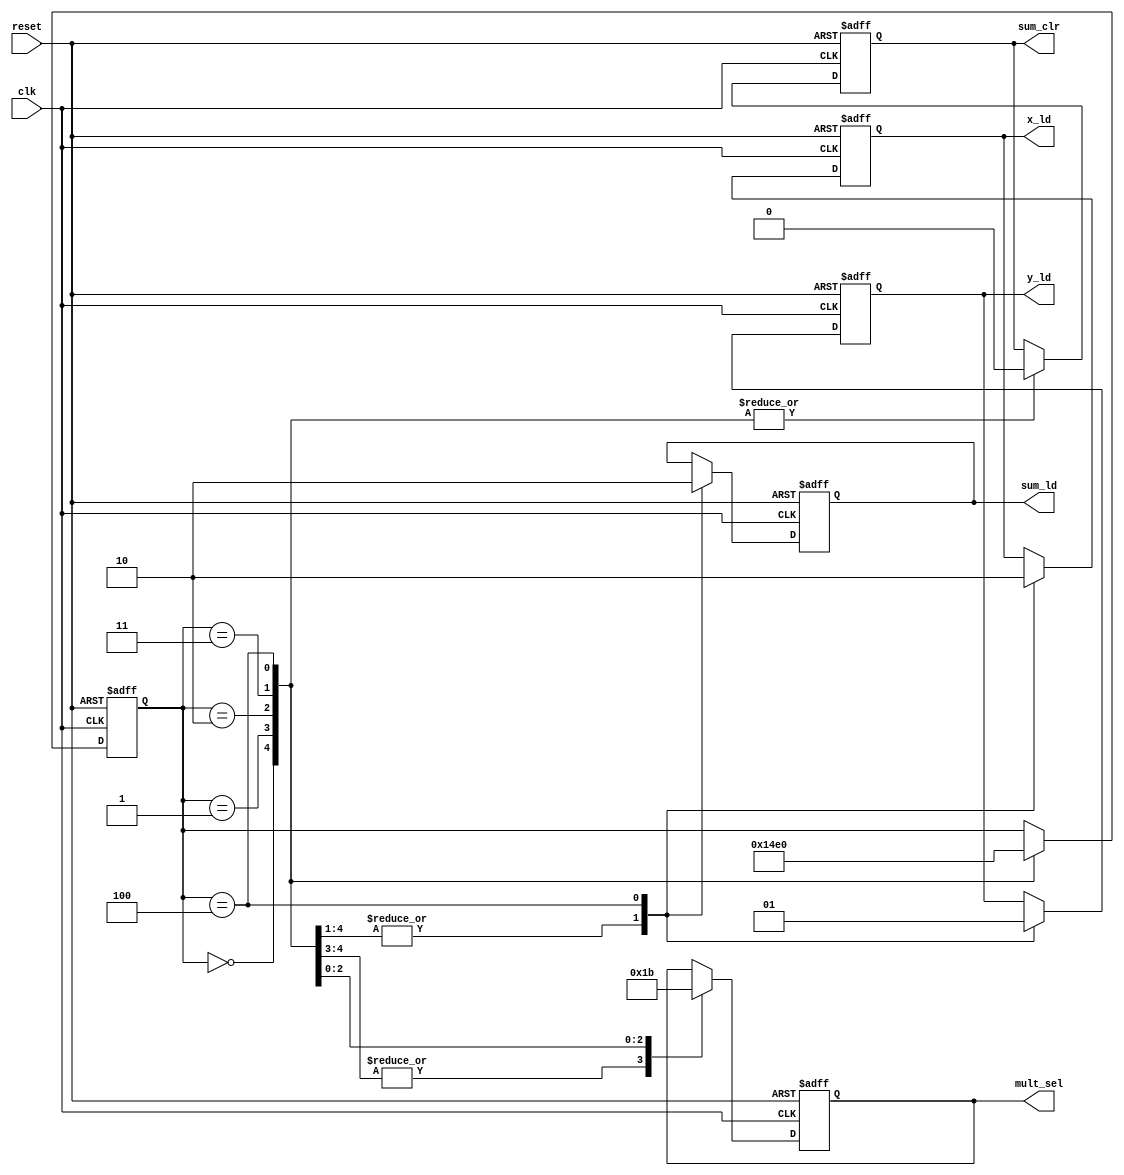
module controller(
		input clk,reset,
		output reg x_ld,y_ld,sum_ld,sum_clr,
		output reg [1:0] mult_sel
);
		//reg x_ld,y_ld,sum_ld,sum_clr;
		//reg [1:0] mult_sel;
		reg [2:0] states;
		parameter s0=3'b000;
		parameter s1=3'b001;
		parameter s2=3'b010;
		parameter s3=3'b011;
		parameter s4=3'b100;
		always@(posedge clk or posedge reset)
			begin
			if(reset)
				begin
					x_ld=1'b0;y_ld=1'b0;sum_ld=1'b0;sum_clr=1'b1;
					mult_sel=2'b11;
					states=s0;
				end
			else
			begin
			case(states)
				s0:begin
					x_ld=1'b1;y_ld=1'b0;sum_ld=1'b1;sum_clr=1'b0;
					mult_sel=2'b00;
					states=s1;
				end
				
				s1:begin
					x_ld=1'b1;y_ld=1'b0;sum_ld=1'b1;sum_clr=1'b0;
					mult_sel=2'b00;
					states=s2;
				end
				
				s2:begin
					x_ld=1'b1;y_ld=1'b0;sum_ld=1'b1;sum_clr=1'b0;
					mult_sel=2'b01;
					states=s3;
				end
				s3:begin
					x_ld=1'b1;y_ld=1'b0;sum_ld=1'b1;sum_clr=1'b0;
					mult_sel=2'b10;
					states=s4;
				end
				
				s4:begin
					x_ld=1'b0;y_ld=1'b1;sum_ld=1'b0;sum_clr=1'b0;
					mult_sel=2'b11;
					states=s0;
				end

			endcase
			end
		end
endmodule